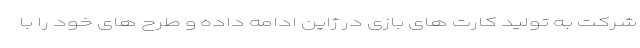
شرکت به تولید کارت های بازی در ژاپن ادامه داده و طرح های خود را با